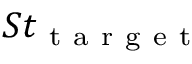
S t _ { \mathrm { ~ t ~ a ~ r ~ g ~ e ~ t ~ } }